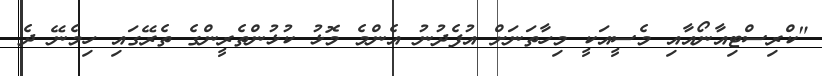
"ކްރިސްޓިއާނޯއާއި މެސީއަކީ މިހާތަނަށް އުފެދުނު އެންމެ މޮޅު ކުޅުންތެރީންގެ ތެރޭގައި ހިމެނޭ ދެ